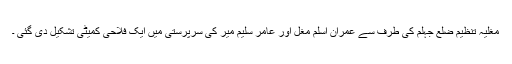
مغلیہ تنظیم ضلع جہلم کی طرف سے عمران اسلم مغل اور عامر سلیم میر کی سرپرستی میں ایک فلاحی کمیٹی تشکیل دی گئی ۔